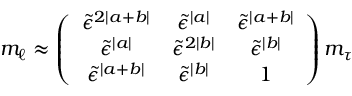
{ m _ { \ell } } \approx \left( \begin{array} { c c c } { { \tilde { \epsilon } ^ { 2 | a + b | } } } & { { \tilde { \epsilon } ^ { | a | } } } & { { \tilde { \epsilon } ^ { | a + b | } } } \\ { { \tilde { \epsilon } ^ { | a | } } } & { { \tilde { \epsilon } ^ { 2 | b | } } } & { { \tilde { \epsilon } ^ { | b | } } } \\ { { \tilde { \epsilon } ^ { | a + b | } } } & { { \tilde { \epsilon } ^ { | b | } } } & { { 1 } } \end{array} \right) { m _ { \tau } }